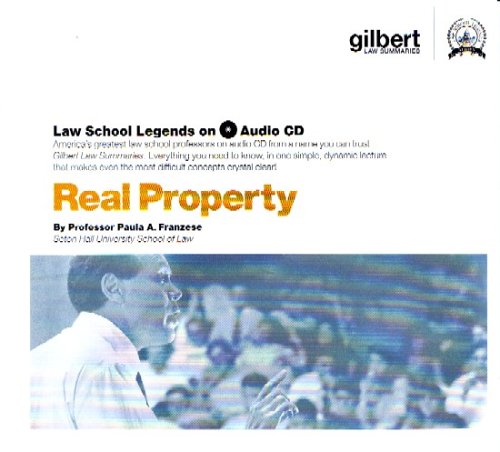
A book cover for Real Property (Law School Legends Audio Series); Paula Franzese; Law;